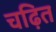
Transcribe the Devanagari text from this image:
चढ़ित